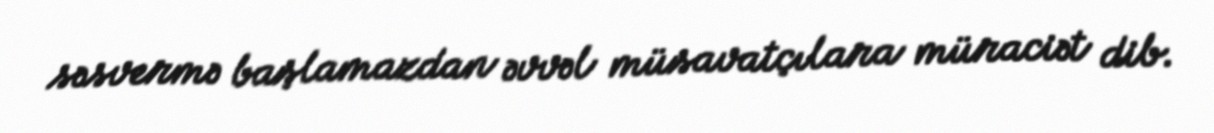
səsvermə başlamazdan əvvəl müsavatçılara müraciət dib.